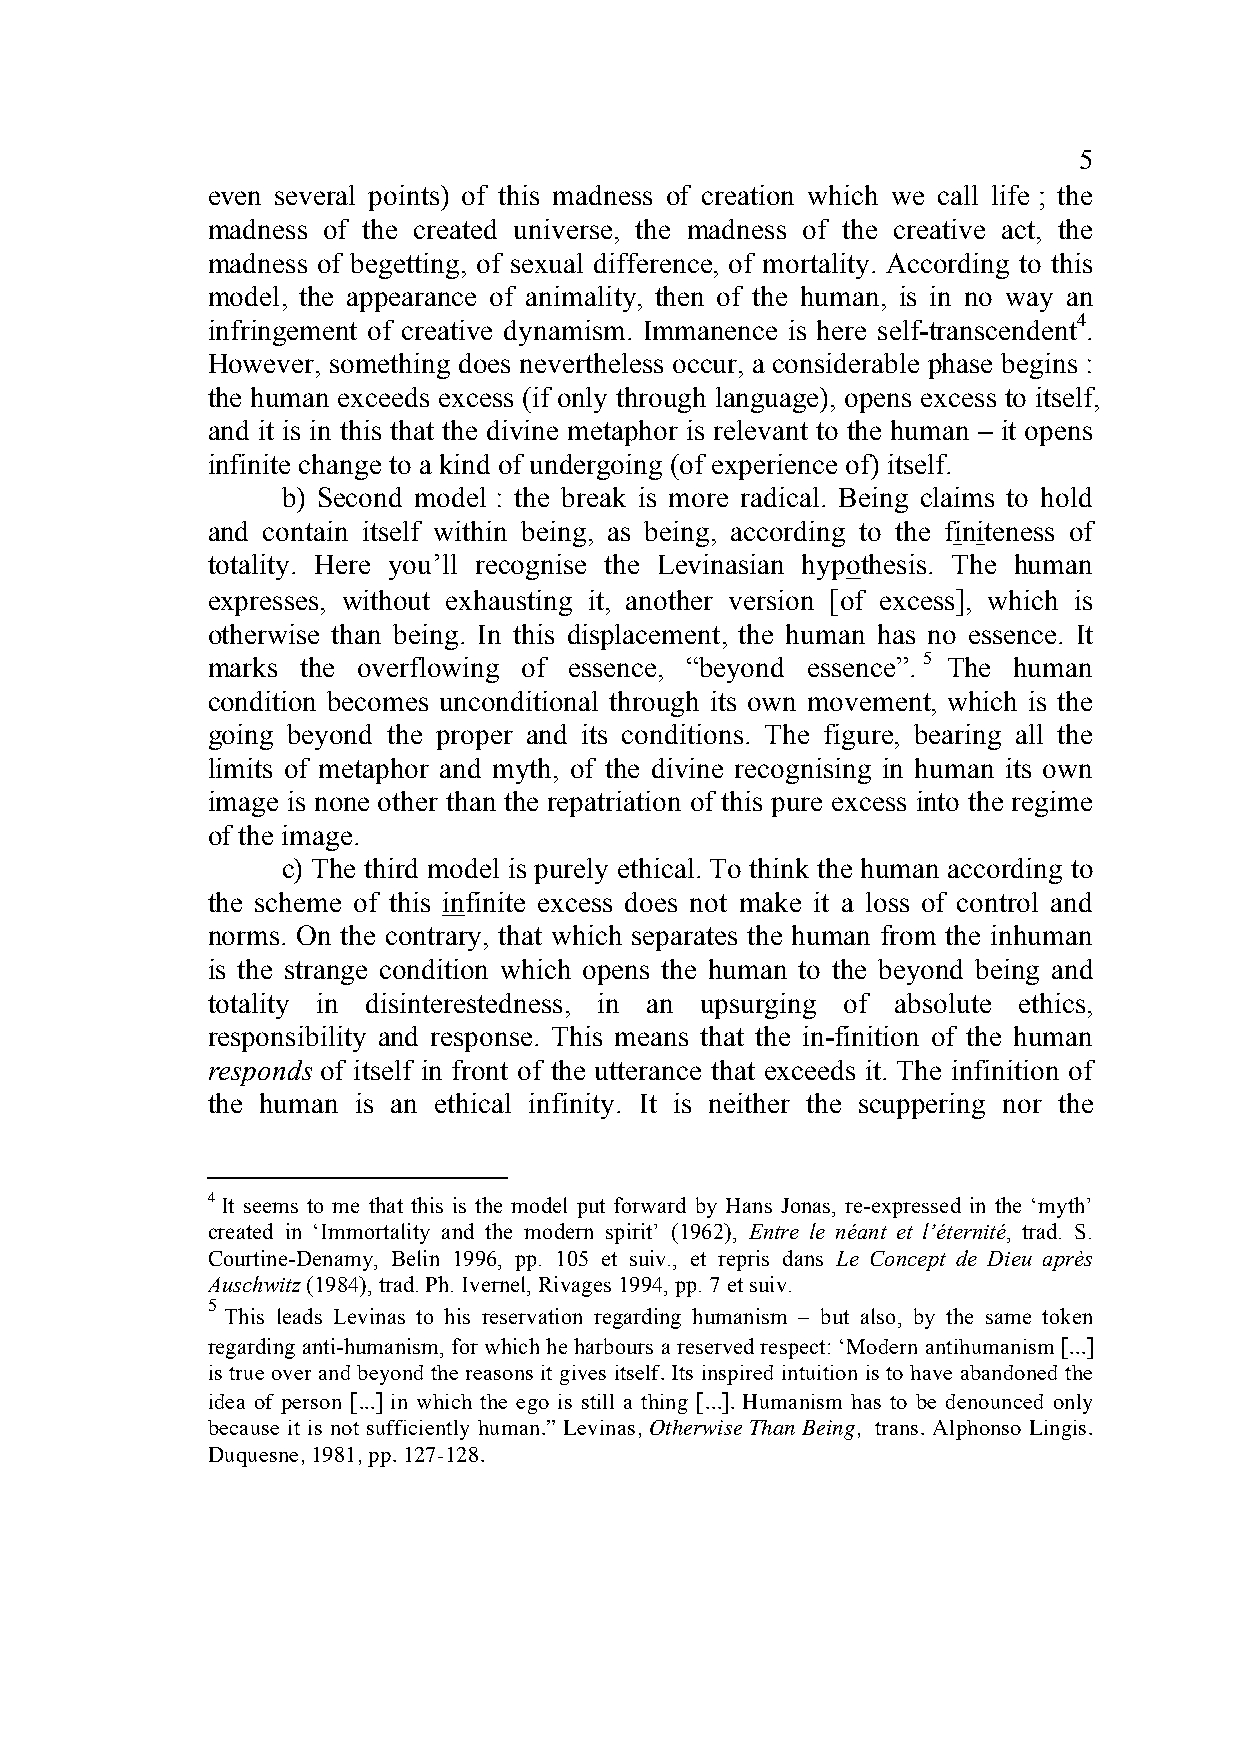
5
 even several points) of this madness of creation which we call life ; the
 madness of the created universe, the madness of the creative act, the
 madness of begetting, of sexual difference, of mortality. According to this
 model, the appearance of animality, then of the human, is in no way an
 infringement of creative dynamism. Immanence is here self-transcendent4.
 However, something does nevertheless occur, a considerable phase begins :
 the human exceeds excess (if only through language), opens excess to itself,
 and it is in this that the divine metaphor is relevant to the human – it opens
 infinite change to a kind of undergoing (of experience of) itself.
 b) Second model : the break is more radical. Being claims to hold
 and contain itself within being, as being, according to the finiteness of
 totality. Here you’ll recognise the Levinasian hypothesis. The human
 expresses, without exhausting it, another version [of excess], which is
 otherwise than being. In this displacement, the human has no essence. It
 marks the overflowing of essence, “beyond essence”. 5 The human
 condition becomes unconditional through its own movement, which is the
 going beyond the proper and its conditions. The figure, bearing all the
 limits of metaphor and myth, of the divine recognising in human its own
 image is none other than the repatriation of this pure excess into the regime
 of the image.
 c) The third model is purely ethical. To think the human according to
 the scheme of this infinite excess does not make it a loss of control and
 norms. On the contrary, that which separates the human from the inhuman
 is the strange condition which opens the human to the beyond being and
 totality in disinterestedness, in an upsurging of absolute ethics,
 responsibility and response. This means that the in-finition of the human
 responds of itself in front of the utterance that exceeds it. The infinition of
 the human is an ethical infinity. It is neither the scuppering nor the
 4 It seems to me that this is the model put forward by Hans Jonas, re-expressed in the ‘myth’
 created in ‘Immortality and the modern spirit’ (1962), Entre le néant et l’éternité, trad. S.
 Courtine-Denamy, Belin 1996, pp. 105 et suiv., et repris dans Le Concept de Dieu après
 Auschwitz (1984), trad. Ph. Ivernel, Rivages 1994, pp. 7 et suiv.
 5
 This leads Levinas to his reservation regarding humanism – but also, by the same token
 regarding anti-humanism, for which he harbours a reserved respect: ‘Modern antihumanism [...]
 is true over and beyond the reasons it gives itself. Its inspired intuition is to have abandoned the
 idea of person [...] in which the ego is still a thing [...]. Humanism has to be denounced only
 because it is not sufficiently human.” Levinas, Otherwise Than Being, trans. Alphonso Lingis.
 Duquesne, 1981, pp. 127-128.